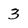
Character: 3